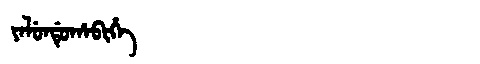
Manchu: ᠶᠠᠯᡠᠨᡩᡠᡥᠠᠪᡳᡥᡝ
Romanization: YALUNDUHABIHE